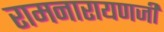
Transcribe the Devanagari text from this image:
रामनारायणजी